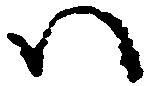
ハ